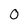
Character: 0